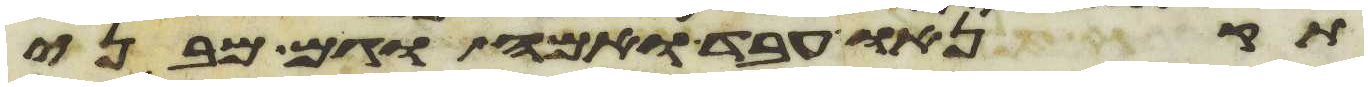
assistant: תקנהו עבד ואמה וגם מבני